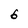
Character: 6